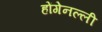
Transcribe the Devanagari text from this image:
होंगेनल्ली